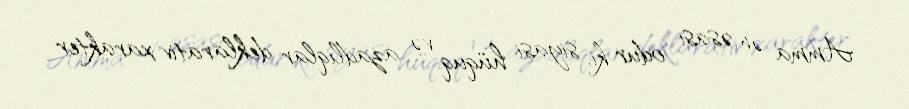
Amma ən əsası odur ki, siyasi hüquq və azadlıqlar deklarativ xarakter